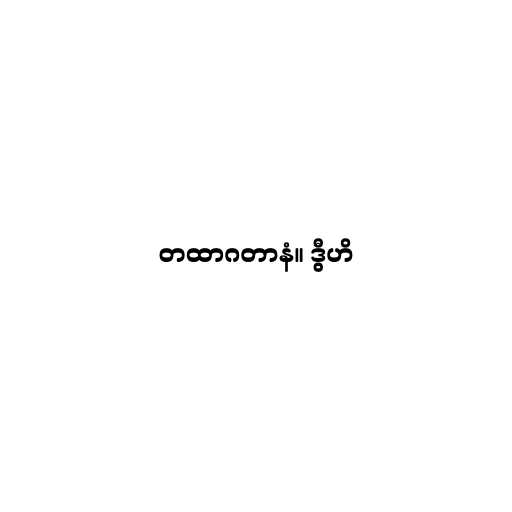
တထာဂတာနံ။ ဒွီဟိ